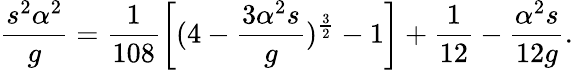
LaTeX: \frac{s^{2}\alpha^{2}}{g}=\frac{1}{108}\biggl[(4-\frac{3\alpha^{2}s}{g})^{\frac{3}{2}}-1\biggr]+\frac{1}{12}-\frac{\alpha^{2}s}{12g}.